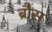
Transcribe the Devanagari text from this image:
ब्रौस